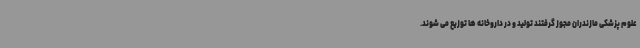
علوم پزشکی مازندران مجوز گرفتند تولید و در داروخانه ها توزیع می شوند.